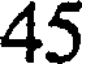
45